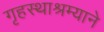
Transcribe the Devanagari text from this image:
गृहस्थाश्रम्याने